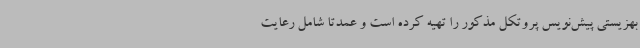
بهزیستی پیش‌نویس پروتکل مذکور را تهیه کرده است و عمدتا شامل رعایت